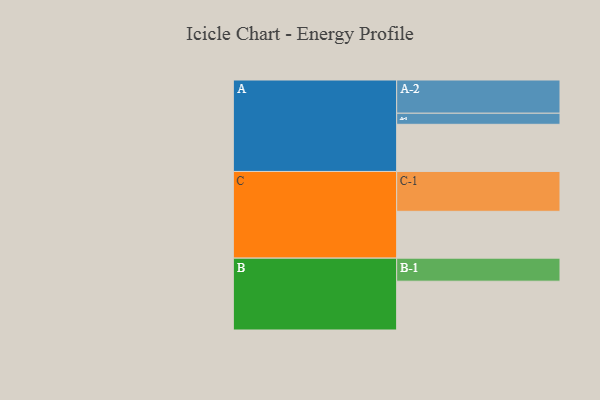
{"axis": {"x": "Segment", "y": "Value"}, "legend": ["", "A", "B", "C"], "data": [{"x": "A", "y": 315, "type": ""}, {"x": "B", "y": 326, "type": ""}, {"x": "C", "y": 313, "type": ""}, {"x": "A-1", "y": 74, "type": "A"}, {"x": "A-2", "y": 222, "type": "A"}, {"x": "B-1", "y": 154, "type": "B"}, {"x": "C-1", "y": 266, "type": "C"}]}